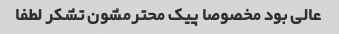
عالی بود مخصوصا پیک محترمشون تشکر لطفا